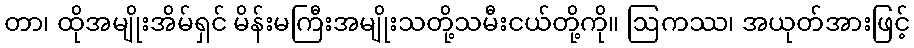
တာ၊ ထိုအမျိုးအိမ်ရှင် မိန်းမကြီးအမျိုးသတို့သမီးငယ်တို့ကို။ ဩကဿ၊ အယုတ်အားဖြင့်